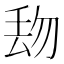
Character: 𱍘